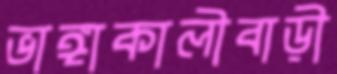
ভাঙ্গাকালীবাড়ী